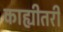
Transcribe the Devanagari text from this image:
काह्यीतरी